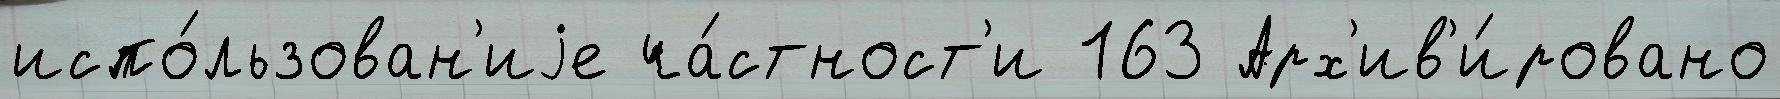
испо́льзован'иjе ча́стност'и 163 Арх'ив'и́ровано